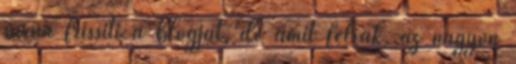
sűrűn frissíti a blogját, de amit felrak, az nagyon